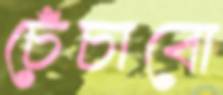
চেঁচাবো